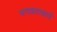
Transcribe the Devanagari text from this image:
भगवदाचार्य